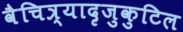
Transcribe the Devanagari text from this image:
वैचित्र्यादृजुकुटिल